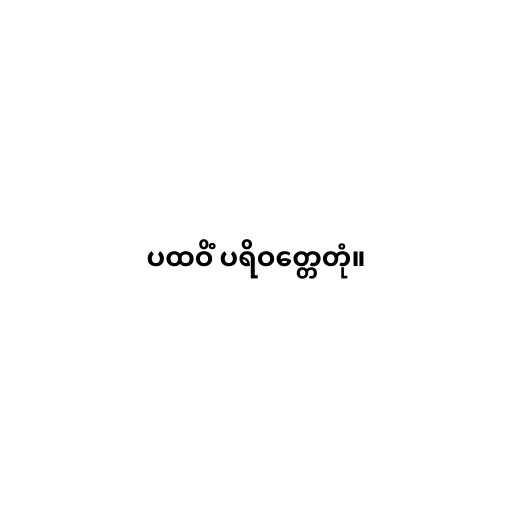
ပထဝိံ ပရိဝတ္တေတုံ။